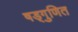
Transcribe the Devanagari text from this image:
षड्गुणित